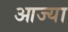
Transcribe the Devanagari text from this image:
आज्या